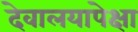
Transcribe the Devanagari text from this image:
देवालयापेक्षा